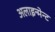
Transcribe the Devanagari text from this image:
अलाइन्मेन्ट